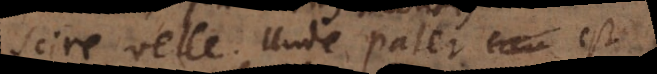
scire, velle. Unde pater est